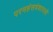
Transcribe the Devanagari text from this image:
परमहंसवंशावली